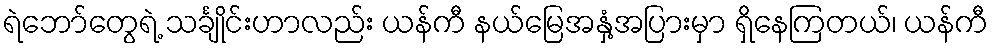
ရဲဘော်တွေရဲ့ သင်္ချိုင်းဟာလည်း ယန်ကီ နယ်မြေအနှံ့အပြားမှာ ရှိနေကြတယ်၊ ယန်ကီ